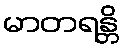
မာတရန္တိ